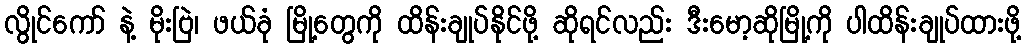
လွိုင်ကော် နဲ့ မိုးဗြဲ၊ ဖယ်ခုံ မြို့တွေကို ထိန်းချုပ်နိုင်ဖို့ ဆိုရင်လည်း ဒီးမော့ဆိုမြို့ကို ပါထိန်းချုပ်ထားဖို့